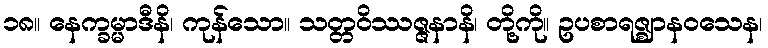
၁၈။ နေက္ခမ္မာဒီနိ၊ ကုန်သော။ သတ္တဝိဿဇ္ဇနာနိ၊ တို့ကို။ ဥပစာရဇ္ဈာနဝသေန၊